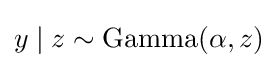
y\mid z\sim {\text{Gamma}}(\alpha ,z)